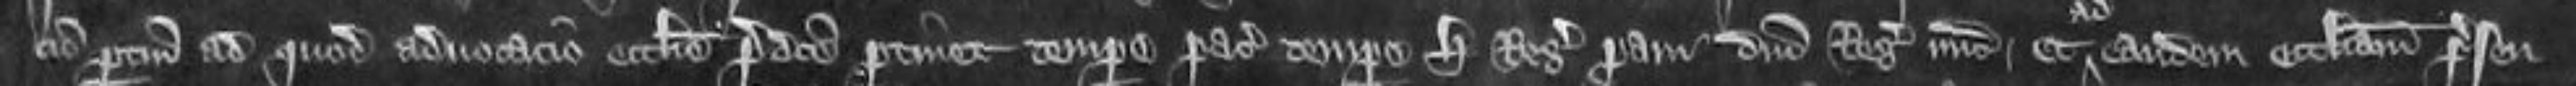
cum pertinenenciis ad quod advocatio ecclisie predicte pertinet tempore pacis tempore Henrici Regis proavi domini Regis nunc et eandem ecclesiam presen